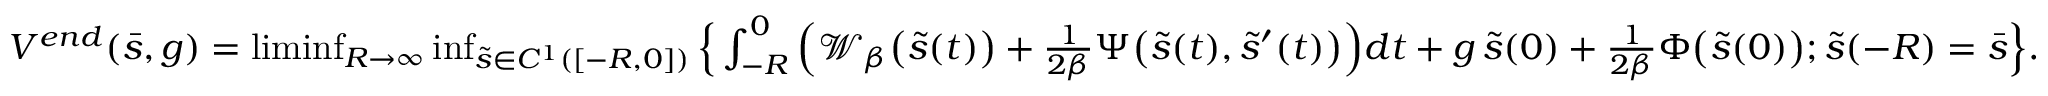
\begin{array} { r } { V ^ { e n d } ( \bar { s } , g ) = \operatorname* { l i m i n f } _ { R \rightarrow \infty } \operatorname* { i n f } _ { \tilde { s } \in C ^ { 1 } ( [ - R , 0 ] ) } \Big \{ \int _ { - R } ^ { 0 } \Big ( \mathcal { W } _ { \beta } \big ( \tilde { s } ( t ) \big ) + \frac { 1 } { 2 \beta } \Psi \big ( \tilde { s } ( t ) , \tilde { s } ^ { \prime } ( t ) \big ) \Big ) d t + g \, \tilde { s } ( 0 ) + \frac { 1 } { 2 \beta } \Phi \big ( \tilde { s } ( 0 ) \big ) ; \tilde { s } ( - R ) = \bar { s } \Big \} . } \end{array}